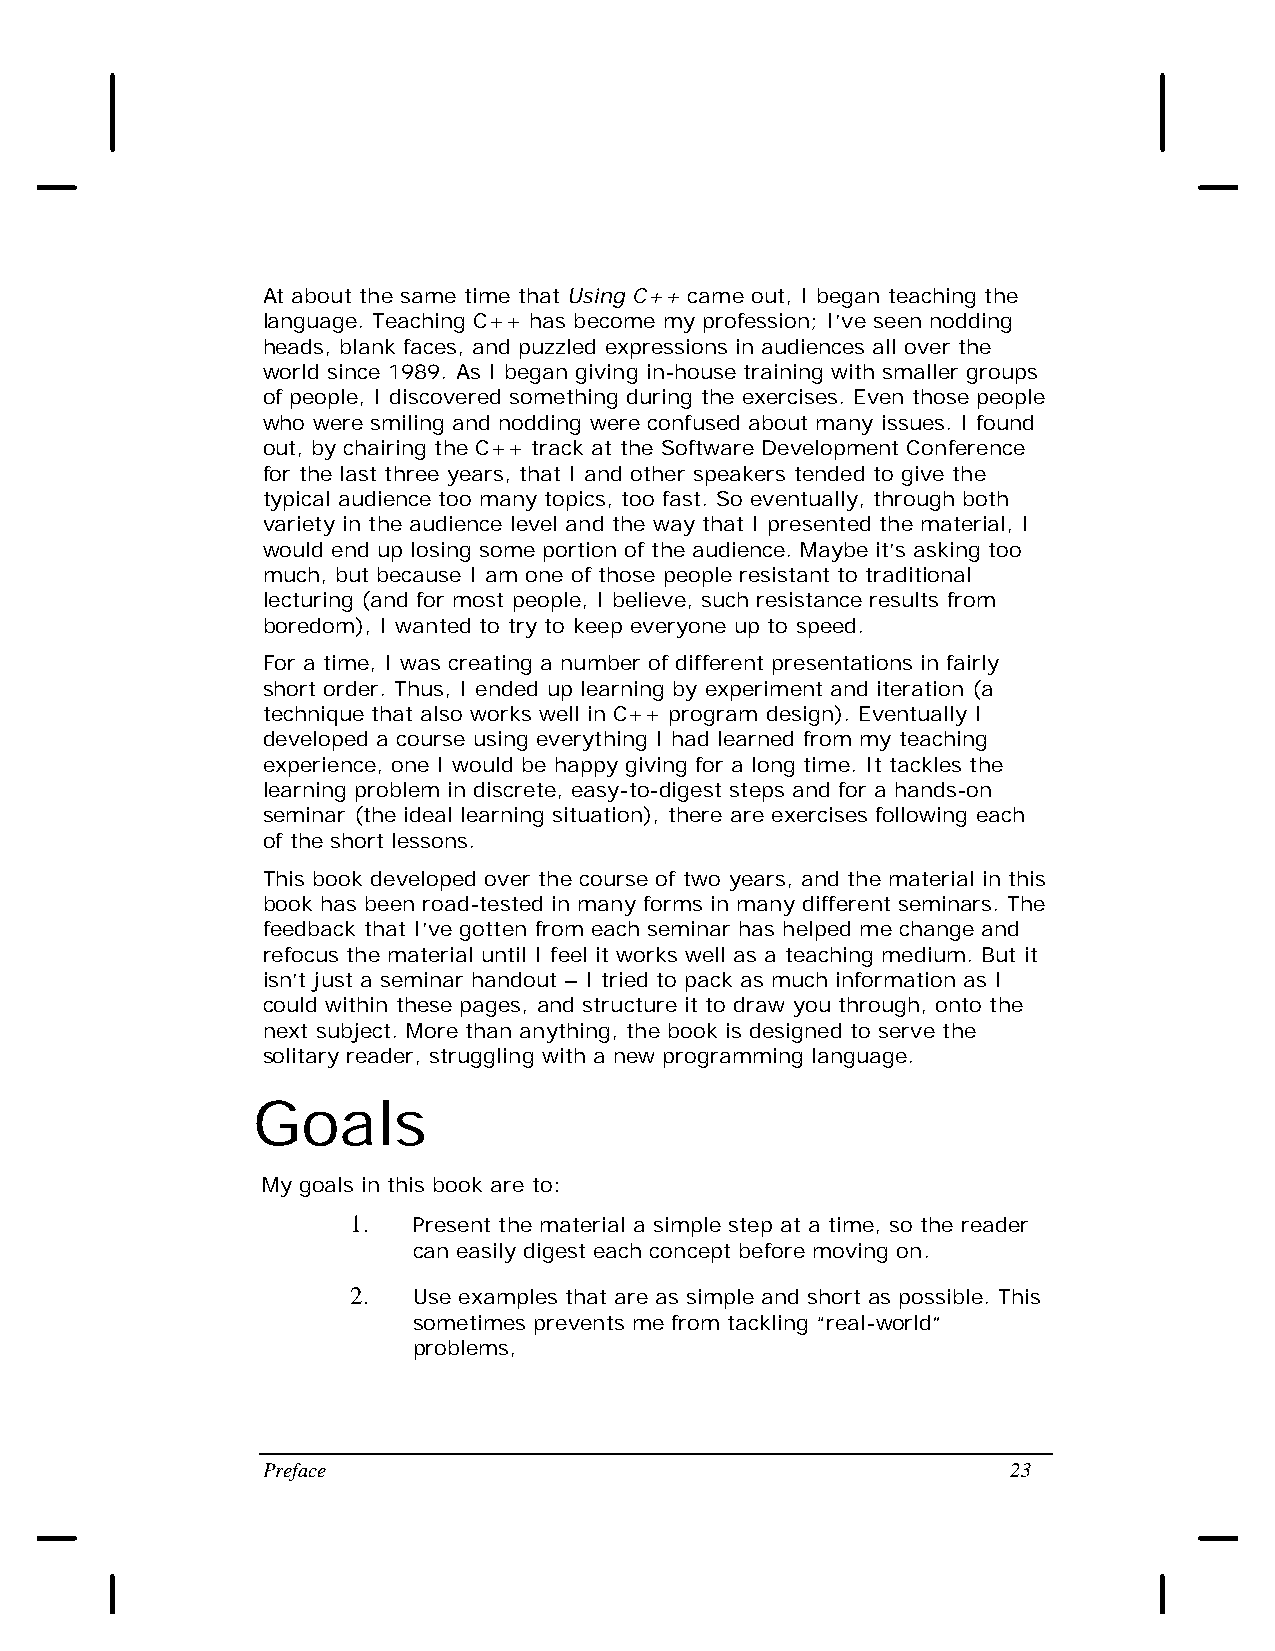
At about the same time that Using C++ came out, I began teaching the
 language. Teaching C++ has become my profession; I’ve seen nodding
 heads, blank faces, and puzzled expressions in audiences all over the
 world since 1989. As I began giving in-house training with smaller groups
 of people, I discovered something during the exercises. Even those people
 who were smiling and nodding were confused about many issues. I found
 out, by chairing the C++ track at the Software Development Conference
 for the last three years, that I and other speakers tended to give the
 typical audience too many topics, too fast. So eventually, through both
 variety in the audience level and the way that I presented the material, I
 would end up losing some portion of the audience. Maybe it’s asking too
 much, but because I am one of those people resistant to traditional
 lecturing (and for most people, I believe, such resistance results from
 boredom), I wanted to try to keep everyone up to speed.
 For a time, I was creating a number of different presentations in fairly
 short order. Thus, I ended up learning by experiment and iteration (a
 technique that also works well in C++ program design). Eventually I
 developed a course using everything I had learned from my teaching
 experience, one I would be happy giving for a long time. It tackles the
 learning problem in discrete, easy-to-digest steps and for a hands-on
 seminar (the ideal learning situation), there are exercises following each
 of the short lessons.
 This book developed over the course of two years, and the material in this
 book has been road-tested in many forms in many different seminars. The
 feedback that I’ve gotten from each seminar has helped me change and
 refocus the material until I feel it works well as a teaching medium. But it
 isn’t just a seminar handout – I tried to pack as much information as I
 could within these pages, and structure it to draw you through, onto the
 next subject. More than anything, the book is designed to serve the
 solitary reader, struggling with a new programming language.
 Goals
 My goals in this book are to:
 1.  Present the material a simple step at a time, so the reader
 can easily digest each concept before moving on.
 2.  Use examples that are as simple and short as possible. This
 sometimes prevents me from tackling “real-world”
 problems,
 Preface                                           23